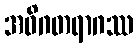
အဝိဂတရာဂဿ